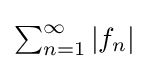
{\textstyle \sum _{n=1}^{\infty }|f_{n}|}